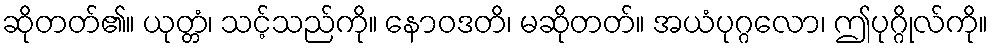
ဆိုတတ်၏။ ယုတ္တံ၊ သင့်သည်ကို။ နောဝဒတိ၊ မဆိုတတ်။ အယံပုဂ္ဂလော၊ ဤပုဂ္ဂိုလ်ကို။